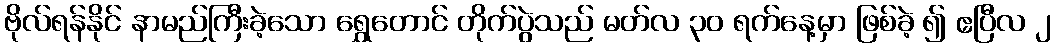
ဗိုလ်ရန်နိုင် နာမည်ကြီးခဲ့သော ရွှေတောင် တိုက်ပွဲသည် မတ်လ ၃၀ ရက်နေ့မှာ ဖြစ်ခဲ့ ၍ ဧပြီလ ၂